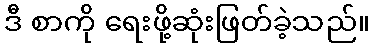
ဒီ စာကို ရေးဖို့ဆုံးဖြတ်ခဲ့သည်။